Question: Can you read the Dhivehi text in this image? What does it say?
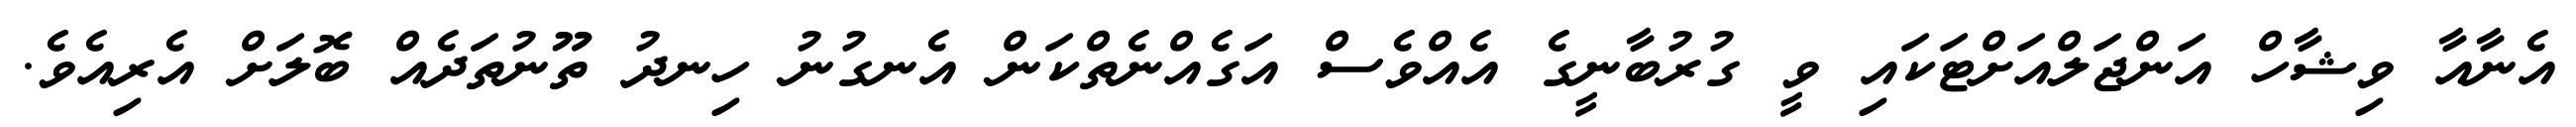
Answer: އެނާއާ ވިޝާހް އަންޖަލްއަށްޓަކައި ވީ ގުރުބާނީގެ އެއްވެސް އަގެއްނެތްކަން އެނގުނު ހިނދު ތޫނުތަދެއް ބޮލަށް އެރިއެވެ.